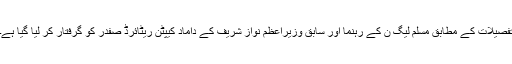
تفصیلات کے مطابق مسلم لیگ ن کے رہنما اور سابق وزیراعظم نواز شریف کے داماد کیپٹن ریٹائرڈ صفدر کو گرفتار کر لیا گیا ہے۔